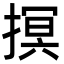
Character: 㨠